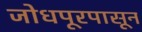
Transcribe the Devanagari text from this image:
जोधपूरपासून